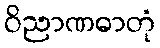
ဝိညာဏဓာတုံ